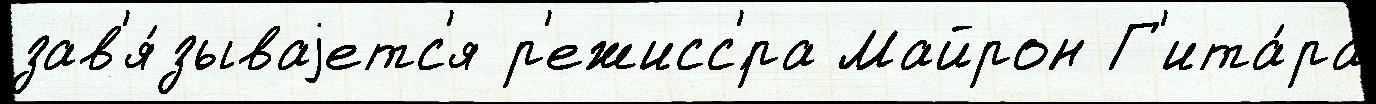
зав'я́зываjетс'я р'ежисс'́ра Майрон Г'ита́ра